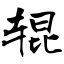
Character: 辊